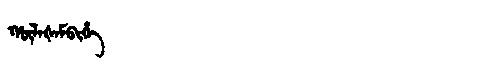
Manchu: ᡥᡡᠯᠠᡧᠠᠮᠪᡳᡥᡝ
Romanization: HŪLAŠAMBIHE